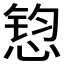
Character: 𱞲